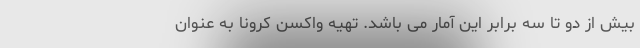
بیش از دو تا سه برابر این آمار می باشد. تهیه واکسن کرونا به عنوان